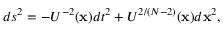
d s ^ { 2 } = - U ^ { - 2 } ( { \bf { x } } ) d t ^ { 2 } + U ^ { 2 / ( N - 2 ) } ( { \bf { x } } ) d { \bf { x } } ^ { 2 } ,